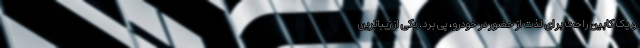
و یک کابین راحت برای لذت از حضور در خودرو، پی برد. یکی از زیباترین